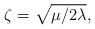
\begin{align*}\zeta = \sqrt{\mu/2 \lambda},\end{align*}